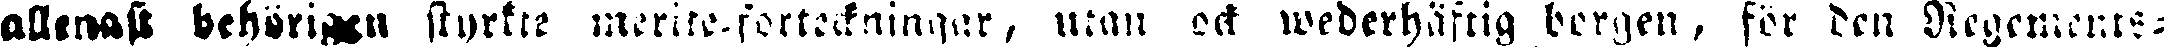
allenast behörigen skyrkar merite-förteckningar, utan och wederhäftig bergen, för den Regements-